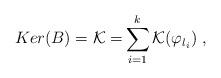
LaTeX: \begin{align*}Ker(B)=\mathcal{K=}\sum_{i=1}^{k}\mathcal{K(}\varphi_{l_{i}}) \ ,\end{align*}